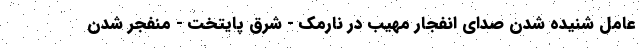
عامل شنیده شدن صدای انفجار مهیب در نارمک - شرق پایتخت - منفجر شدن